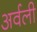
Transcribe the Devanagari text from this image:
अर्वली